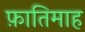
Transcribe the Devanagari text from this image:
फ़ातिमाह